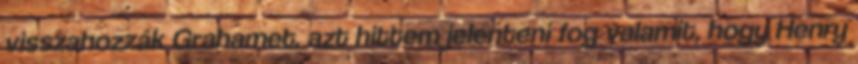
visszahozzák Grahamet. azt hittem jelenteni fog valamit, hogy Henry